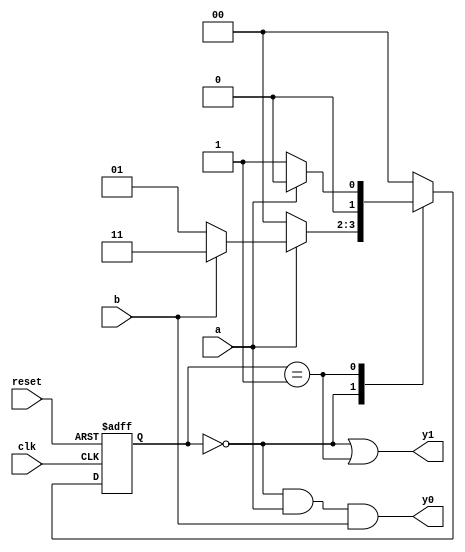
//Listing 5.1
//Chapter 5
//Page 123
//Copyright 2008

module fsm_eg_mult_seg
    (
     input wire clk, reset,
     input wire a, b,
     output wire y0, y1
    );
    
    // symbolic state declaration
    localparam [1:0] s0 = 2'b00,
                     s1 = 2'b01,
                     s2 = 2'b11;
                     
    // signal declaration
    reg [1:0] state_reg, state_next;
    
    // state register
    always @(posedge clk, posedge reset)
        begin
            if (reset)
                state_reg <= 0;
            else
                state_reg = state_next;
        end
    
    // next_state logic
    always @*
        begin
            case (state_reg)
                s0: if(a)
                      if(b)
                        state_next = s2;
                      else
                        state_next = s1;
                    else
                        state_next = s0;
                s1: if (a)
                      state_next = s0;
                    else
                      state_next = s1;
                s2: state_next = s0;
                default: state_next = s0;
            endcase
        end
    
    // Moore output logic
    assign y1 = (state_reg == s0) || (state_reg == s1);
    
    // Mealy output logic
    assign y0 = (state_reg == s0) & a & b;

endmodule       // fsm_eg_mult_seg